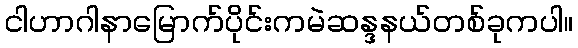
ငါဟာဂါနာမြောက်ပိုင်းကမဲဆန္ဒနယ်တစ်ခုကပါ။